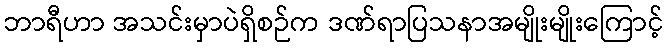
ဘာရီဟာ အသင်းမှာပဲရှိစဉ်က ဒဏ်ရာပြသနာအမျိုးမျိုးကြောင့်